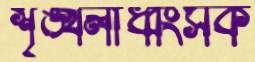
শৃঙ্খলাধ্বংসক